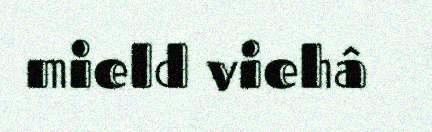
mield viehâ